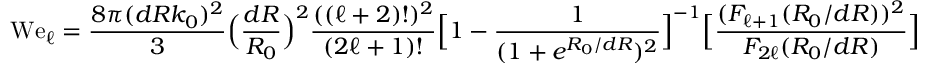
\mathrm { W e } _ { \ell } = \frac { 8 \pi ( d R k _ { 0 } ) ^ { 2 } } { 3 } \Big ( \frac { d R } { R _ { 0 } } \Big ) ^ { 2 } \frac { ( ( \ell + 2 ) ! ) ^ { 2 } } { ( 2 \ell + 1 ) ! } \Big [ 1 - \frac { 1 } { ( 1 + e ^ { R _ { 0 } / d R } ) ^ { 2 } } \Big ] ^ { - 1 } \Big [ \frac { ( F _ { \ell + 1 } ( R _ { 0 } / d R ) ) ^ { 2 } } { F _ { 2 \ell } ( R _ { 0 } / d R ) } \Big ]